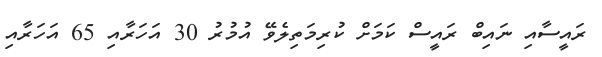
ރައީސާއި ނައިބް ރައީސް ކަމަށް ކުރިމަތިލެވޭ އުމުރު 30 އަހަރާއި 65 އަހަރާއި